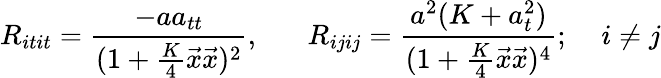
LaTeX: R_{itit}=\frac{-aa_{tt}}{(1+\frac{K}{4}\vec{x}\vec{x})^{2}},\; \; \; \; \; \; R_{ijij}=\frac{a^{2}(K+a_{t}^{2})}{(1+\frac{K}{4}\vec{x}\vec{x})^{4}};\; \; \; \; i\neq j